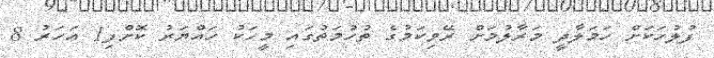
ފުލުހަކަށް ހަމަލާދީ މަރާލުމަށް ރޭވިކަމުގެ ތުހުމަތުގައި މީހަކު ހައްޔަރު ކޮށްފި1 އަހަރު 8